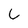
Character: 6